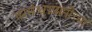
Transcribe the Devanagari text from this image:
परमेश्वरप्राप्तीच्या